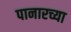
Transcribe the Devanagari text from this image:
पानारच्या